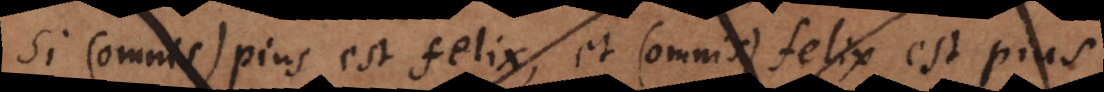
Si (omnis) pius est felix, et (omnis) felix est pius